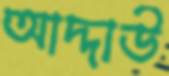
আদ্দাউ